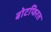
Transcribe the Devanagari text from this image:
बोटफिरत